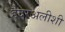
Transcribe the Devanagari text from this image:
हैदरअलीशी